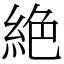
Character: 絶